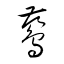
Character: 鶿